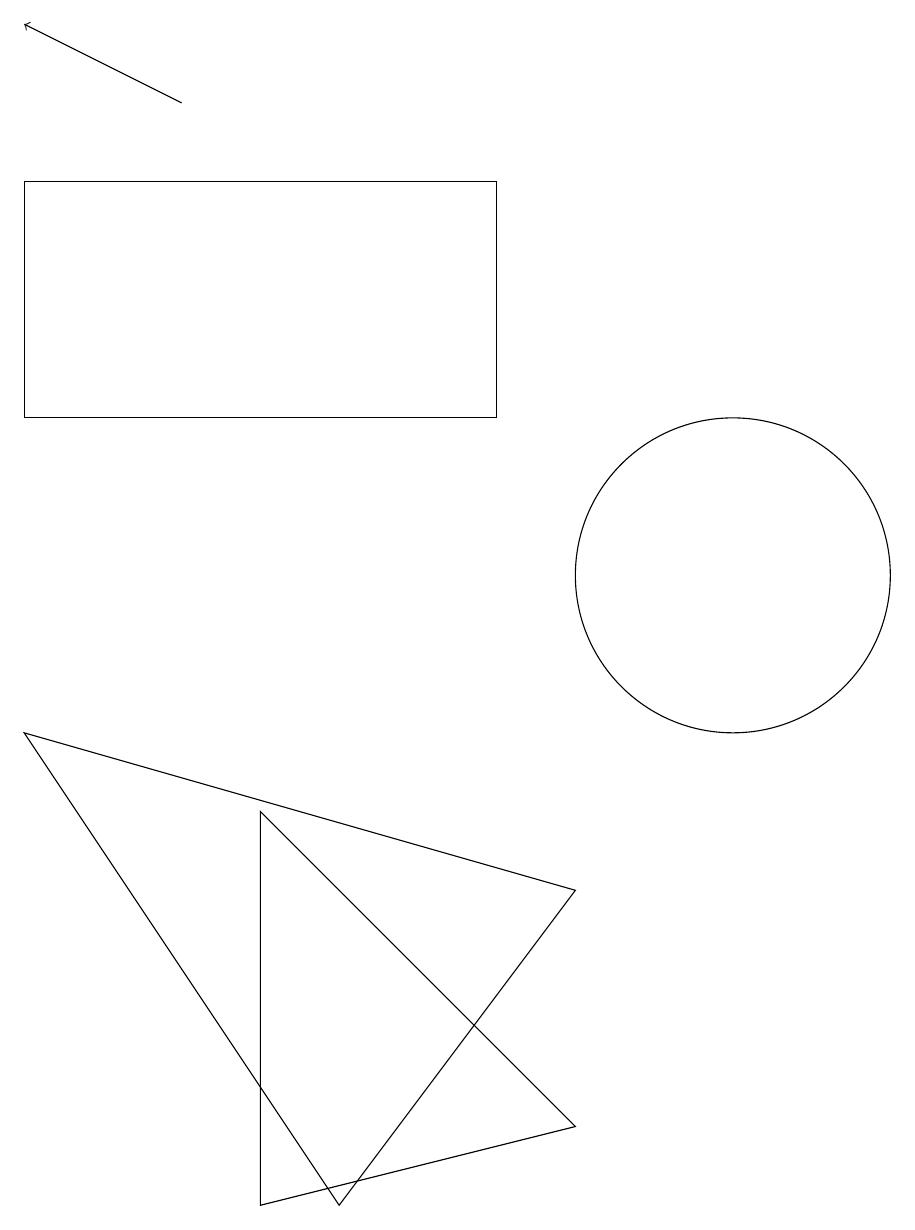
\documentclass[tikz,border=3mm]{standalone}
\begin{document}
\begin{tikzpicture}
\draw (7,12) rectangle (1,15);
\draw (4,2) -- (4,7) -- (8,3) -- cycle;
\draw (1,8) -- (5,2) -- (8,6) -- cycle;
\draw (10,10) circle (2);
\draw[->] (3,16) -- (1,17);
\draw (11,12) circle (0);
\draw (12,11) circle (0);
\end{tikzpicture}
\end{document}